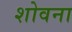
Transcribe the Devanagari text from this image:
शोवना